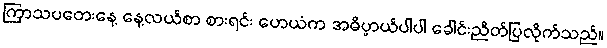
ကြာသပတေးနေ့ နေ့လယ်စာ စားရင်း ဟေယံက အဓိပ္ပာယ်ပါပါ ခေါင်းညိတ်ပြလိုက်သည်။